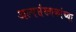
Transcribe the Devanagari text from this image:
अल्पसंख्यकांच्या